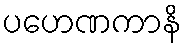
ပဟေဏကာနိ